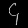
Digit: ၄